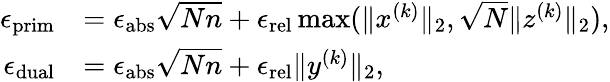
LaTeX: \begin{array}{rl}{\epsilon_{\mathrm{prim}}}&{=\epsilon_{\mathrm{abs}}\sqrt{Nn}+\epsilon_{\mathrm{rel}}\operatorname*{max}(\| x^{(k)}\| _{2},\sqrt{N}\| z^{(k)}\| _{2}),}\\ {\epsilon_{\mathrm{dual}}}&{=\epsilon_{\mathrm{abs}}\sqrt{Nn}+\epsilon_{\mathrm{rel}}\| y^{(k)}\| _{2},}\end{array}